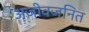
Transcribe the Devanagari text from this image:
अजीवजनित